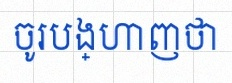
ចូរបង្ហាញថា